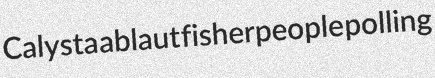
Calysta ablaut fisherpeople polling